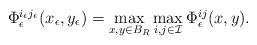
LaTeX: \begin{align*}\begin{array}{ll}\Phi^{i_\epsilon j_\epsilon}_{\epsilon}(x_\epsilon,y_\epsilon)=\max\limits_{x,y\in B_R}\max\limits_{i,j\in\mathcal{I}}\Phi^{ij}_{\epsilon}(x,y).\end{array}\end{align*}